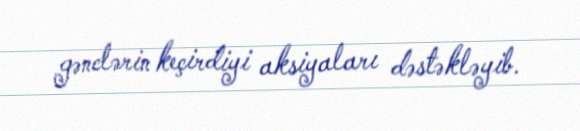
gənclərin keçirdiyi aksiyaları dəstəkləyib.